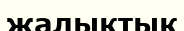
жалықтық